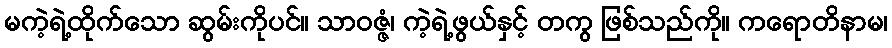
မကဲ့ရဲ့ထိုက်သော ဆွမ်းကိုပင်။ သာဝဇ္ဇံ၊ ကဲ့ရဲ့ဖွယ်နှင့် တကွ ဖြစ်သည်ကို။ ကရောတိနာမ၊